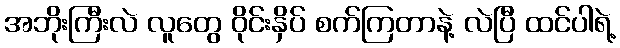
အဘိုးကြီးလဲ လူတွေ ဝိုင်းနှိပ် စက်ကြတာနဲ့ လဲပြီ ထင်ပါရဲ့